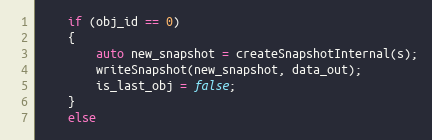
Language: C++
    if (obj_id == 0)
    {
        auto new_snapshot = createSnapshotInternal(s);
        writeSnapshot(new_snapshot, data_out);
        is_last_obj = false;
    }
    else